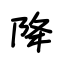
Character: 降